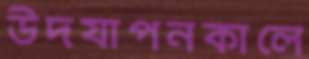
উদযাপনকালে